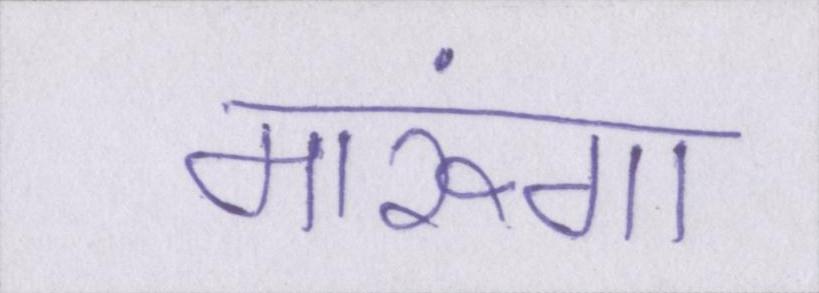
मारूंगा